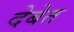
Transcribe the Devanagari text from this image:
देबेत